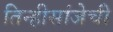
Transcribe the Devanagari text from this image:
तिन्हीसांजेची